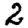
Digit: 2